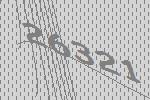
26321